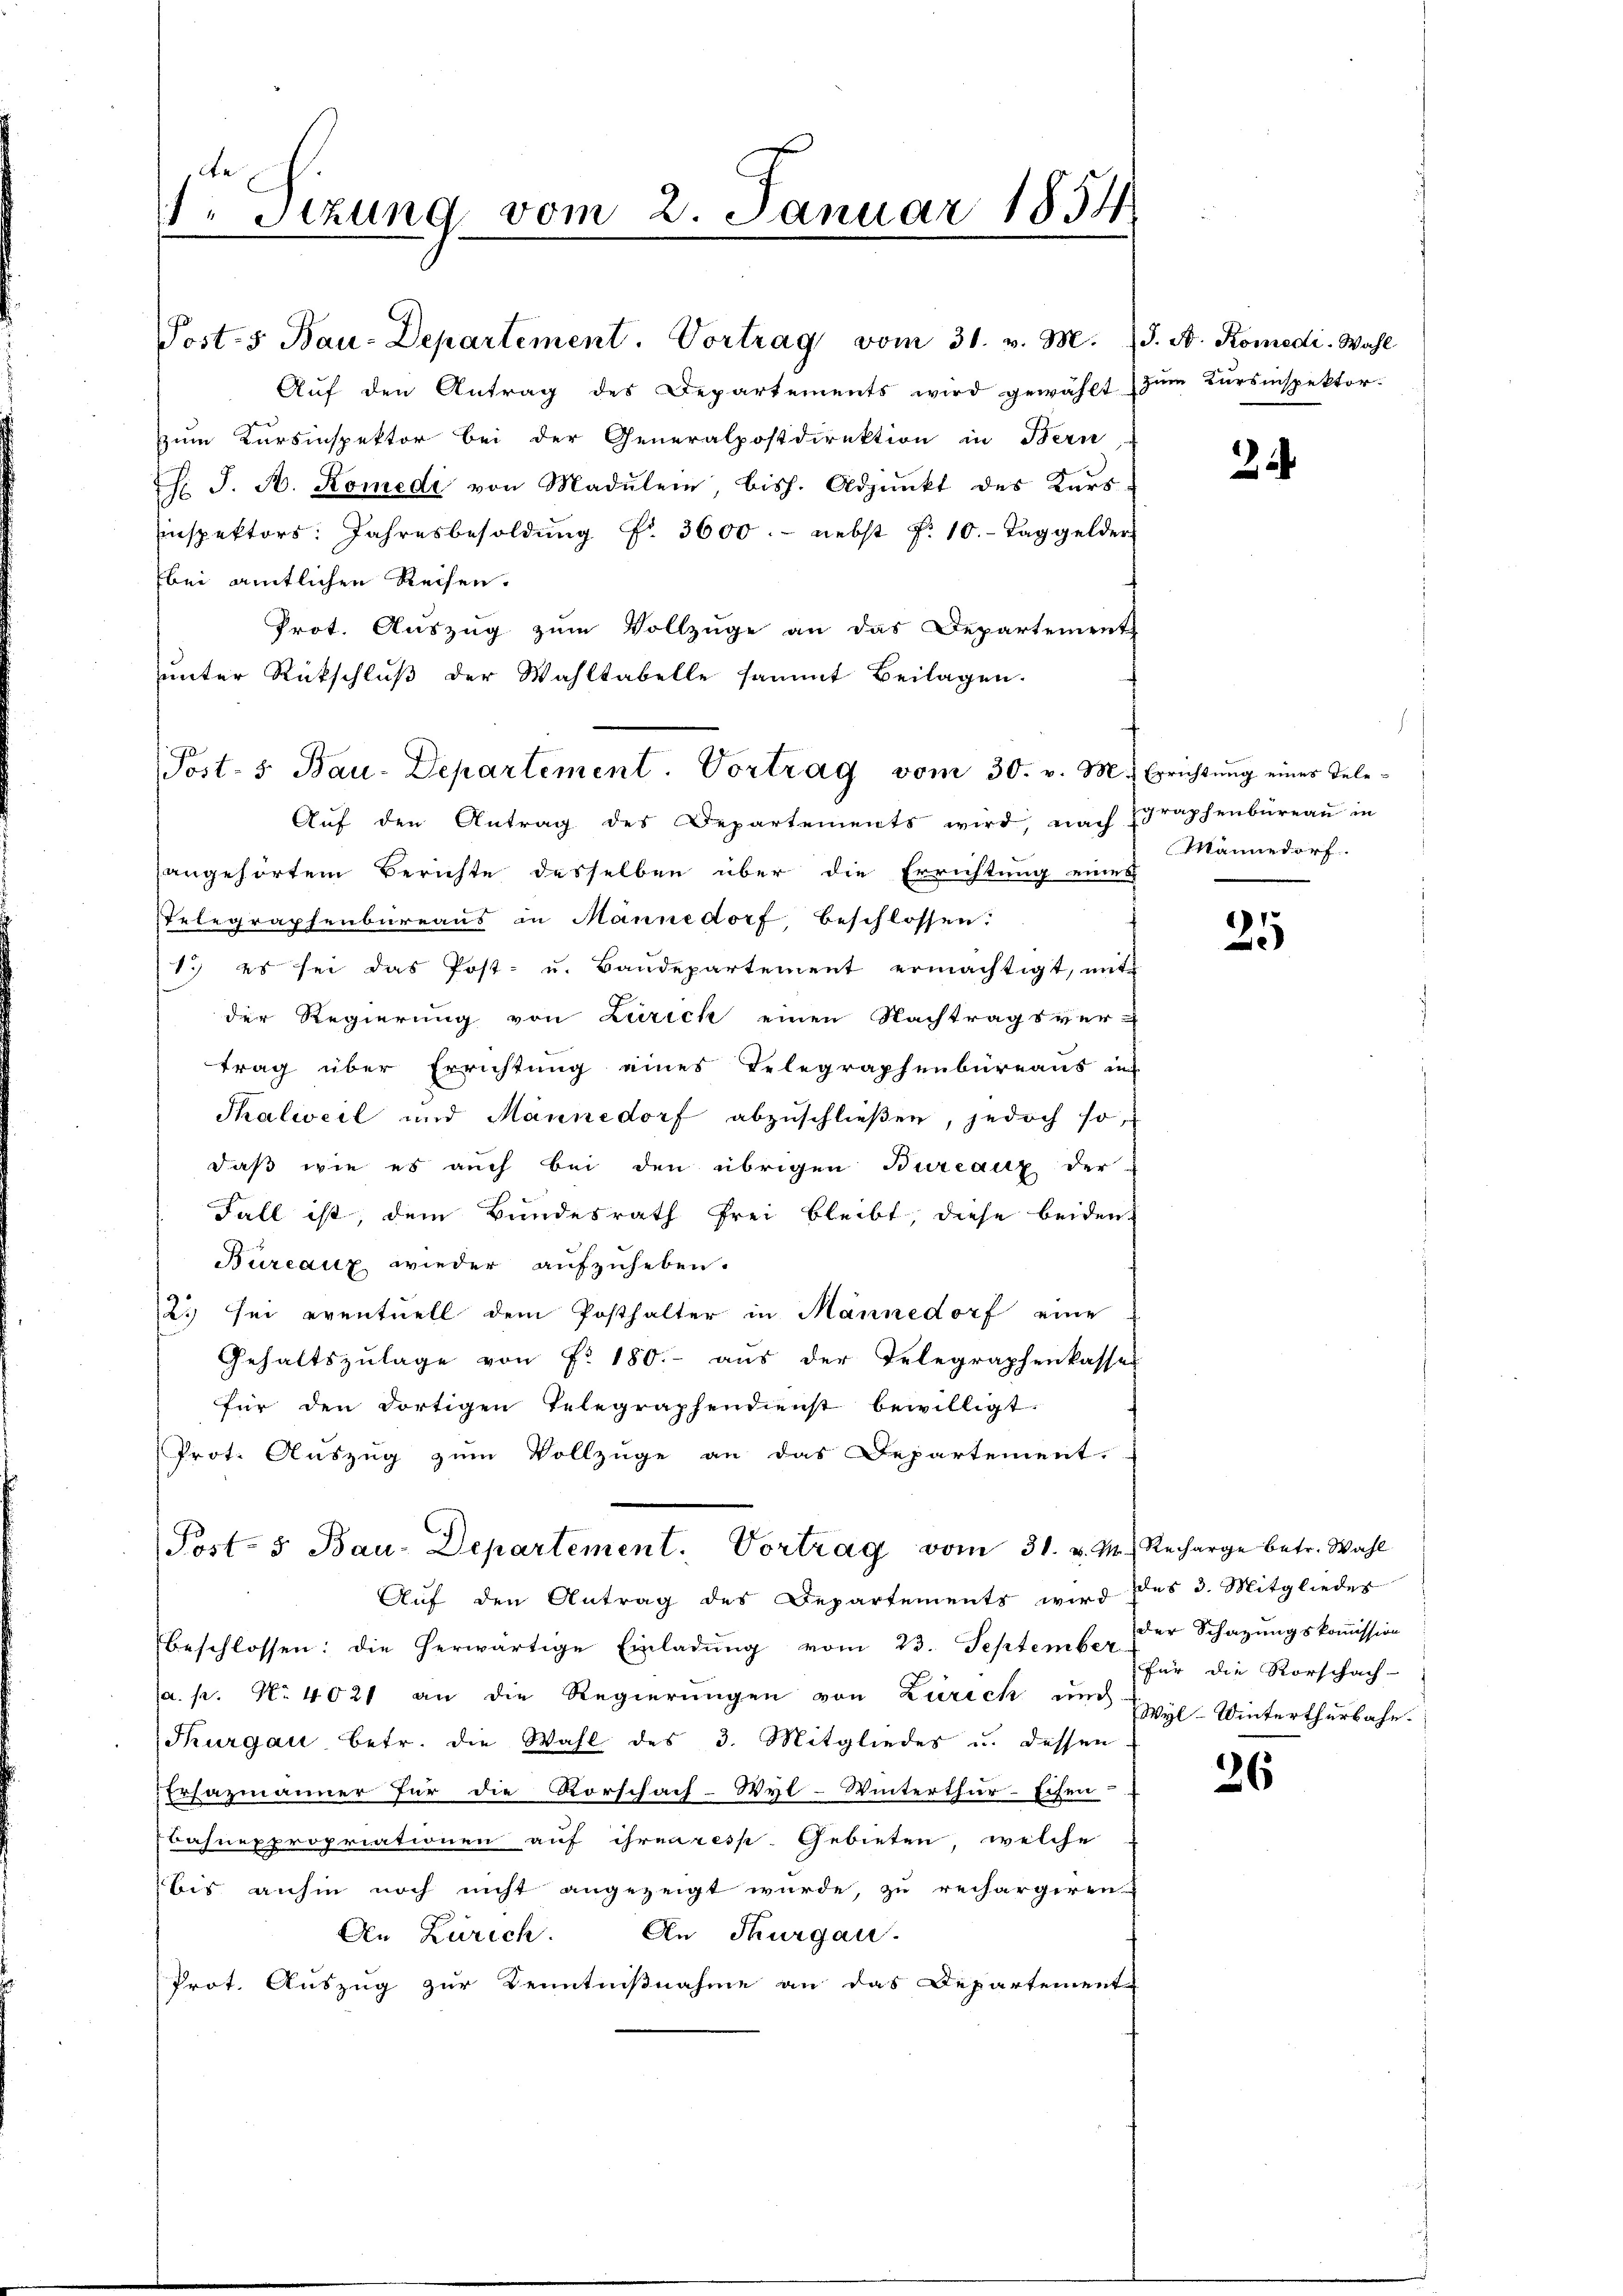
Sizung vom 2. Januar 1854

Auf den Antrag des Departements wird gewählt
zum Kursinspektor bei der Generalpostdirektion in Bern
. J. A. Komedi von Madŭlein, bish. Adjunkt des Kars
Einspektors. Jahresbesoldung Fr. 3600. nebst P. 10. Taggelder
bei amtlichen Reisen.
Prot. Auszug zum Vollzüge an das Departement
ŭnter Rückschlŭβ der Wahltabelle sammt Beilagen.
Aŭf den Antrag des Departements wird, nach Zgraphenbüreaŭ in
angehörtem Berichte desselben über die Errichtung eines
Telegraphenbureaus in Männedorf beschlossen.
1.) es sei das Post- u. Baŭdepartement ermächtigt, im
der Regierung von Zürich einen Nachtragsver-
trag über Errichtung eines Telegraphenbüreaus in
Thalweil und Männedorf abzuschließen, jedoch so
daß wie es auch bei den übrigen Bureaux der
Fall ist, dem Bundesrath Frei bleibt, diese beiden
Bureaux wieder aufzuheben.
2. sei eventuell dem Posthalter in Männedorf eine
Gehaltszulage von Fr. 180.- aus der Telegraphenkass
für den dortigen Telegraphendienst bewilligt.
Prot. Auszug zum Vollzüge an das Departement.
Post- 5. Bau-Departement. Vortrag vom 31. v. M. Recharge betr. Wahl
Auf den Antrag des Departements wird
beschlossen: die herwärtige Einladŭng vom 23. September der Schazŭngskoṁission
(a. p. No 4021 an die Regierungen von Zürich und
Thurgau betr. die Wahl des 3. Mitgliedes u. dessen
Erfazmänner für die Rorschaf-Wyl-Winterthur-Eisen-
Bahnexpropriationen auf ihren resp. Gebieten, welche
bis anhin noch nicht angezeigt wurde, zu rechargiren.
An Zürich. An Thurgau.
Prot. Auszug zur Kenntnißnahme an das Departement

Post- 5. Bau-Departement. Vortrag vom 31. v. M.

Post- & Bau-Departement. Vortrag vom 30. v. M. Errichtŭng eines Tele-

J. A. Komedi. Wahl
zum Kursinspektor.

Männedorf.

1)
e

des 3. Mitgliedes
für die Vorschach-
Wyl-Winterthurbahn.

26